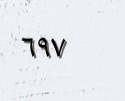
٦٩٧